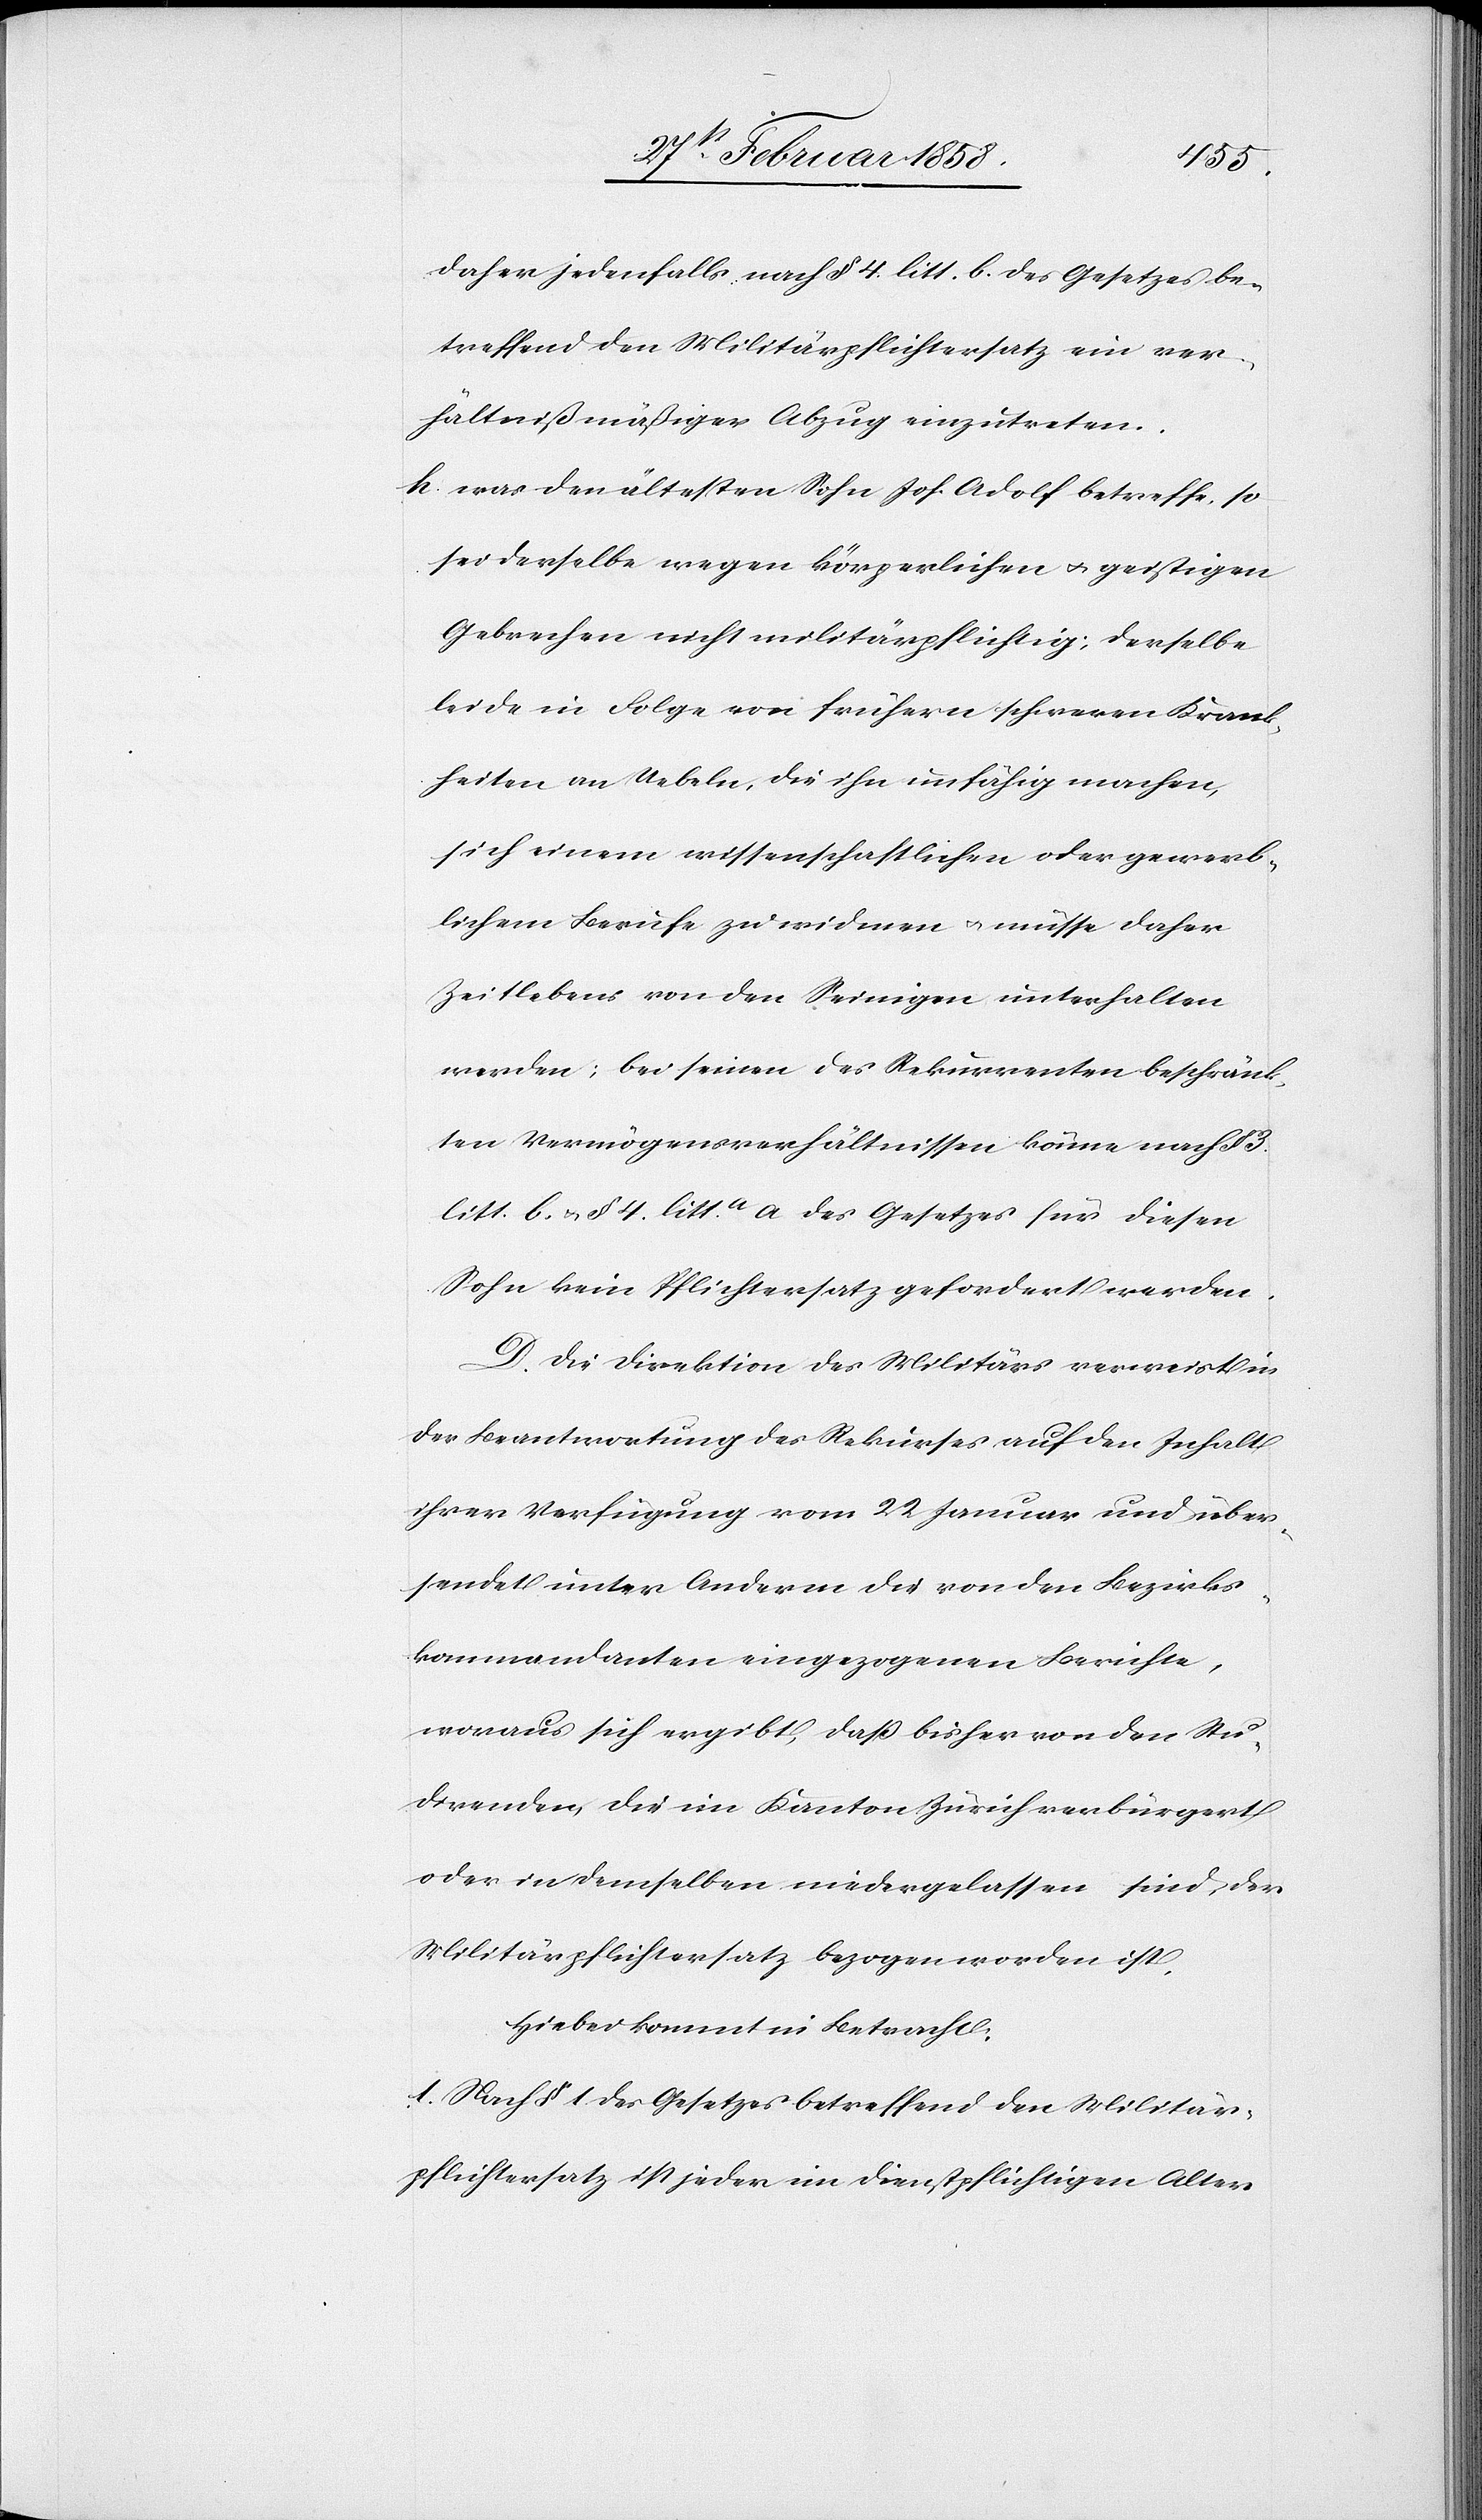
daher jedenfalls nach § 4. litt. b. des Gesetzes be¬
treffend den Militärpflichtersatz ein ver¬
hältnißmäßiger Abzug einzutreten.
h. was den ältesten Sohn Joh. Adolf betreffe, so
sei derselbe wegen körperlichen u. geistigen
Gebrechen nicht militärpflichtig; derselbe
leide in Folge von frühern schweren Krank¬
heiten an Uebeln, die ihn unfähig machen,
sich einem wissenschaftlichen oder gewerb¬
lichem Berufe zu widmen u. müsse daher
Zeitlebens von den Seinigen unterhalten
werden; bei seinen des Rekurrenten beschränk¬
ten Vermögensverhältnissen könne nach §
litt. b. u. § 4. litt. a a des Gesetzes für diesen
Sohn kein Pflichtersatz gefordert werden.
D. Die Direktion des Militärs verweist in
der Beantwortung des Rekurses auf den Inhalt
ihrer Verfügung vom 22 Januar und über¬
sendet unter Anderm die von den Bezirks¬
kommandanten eingezogenen Berichte,
woraus sich ergibt, daß bisher von den Stu¬
direnden, die im Kanton Zürich verbürgert
oder in demselben niedergelassen sind, der
Militärpflichtersatz bezogen worden ist.
Hiebei kommt in Betracht:
1. Nach § 1 des Gesetzes betreffend den Militär¬
pflichtersatz ist jeder im dienstpflichtigen Alter